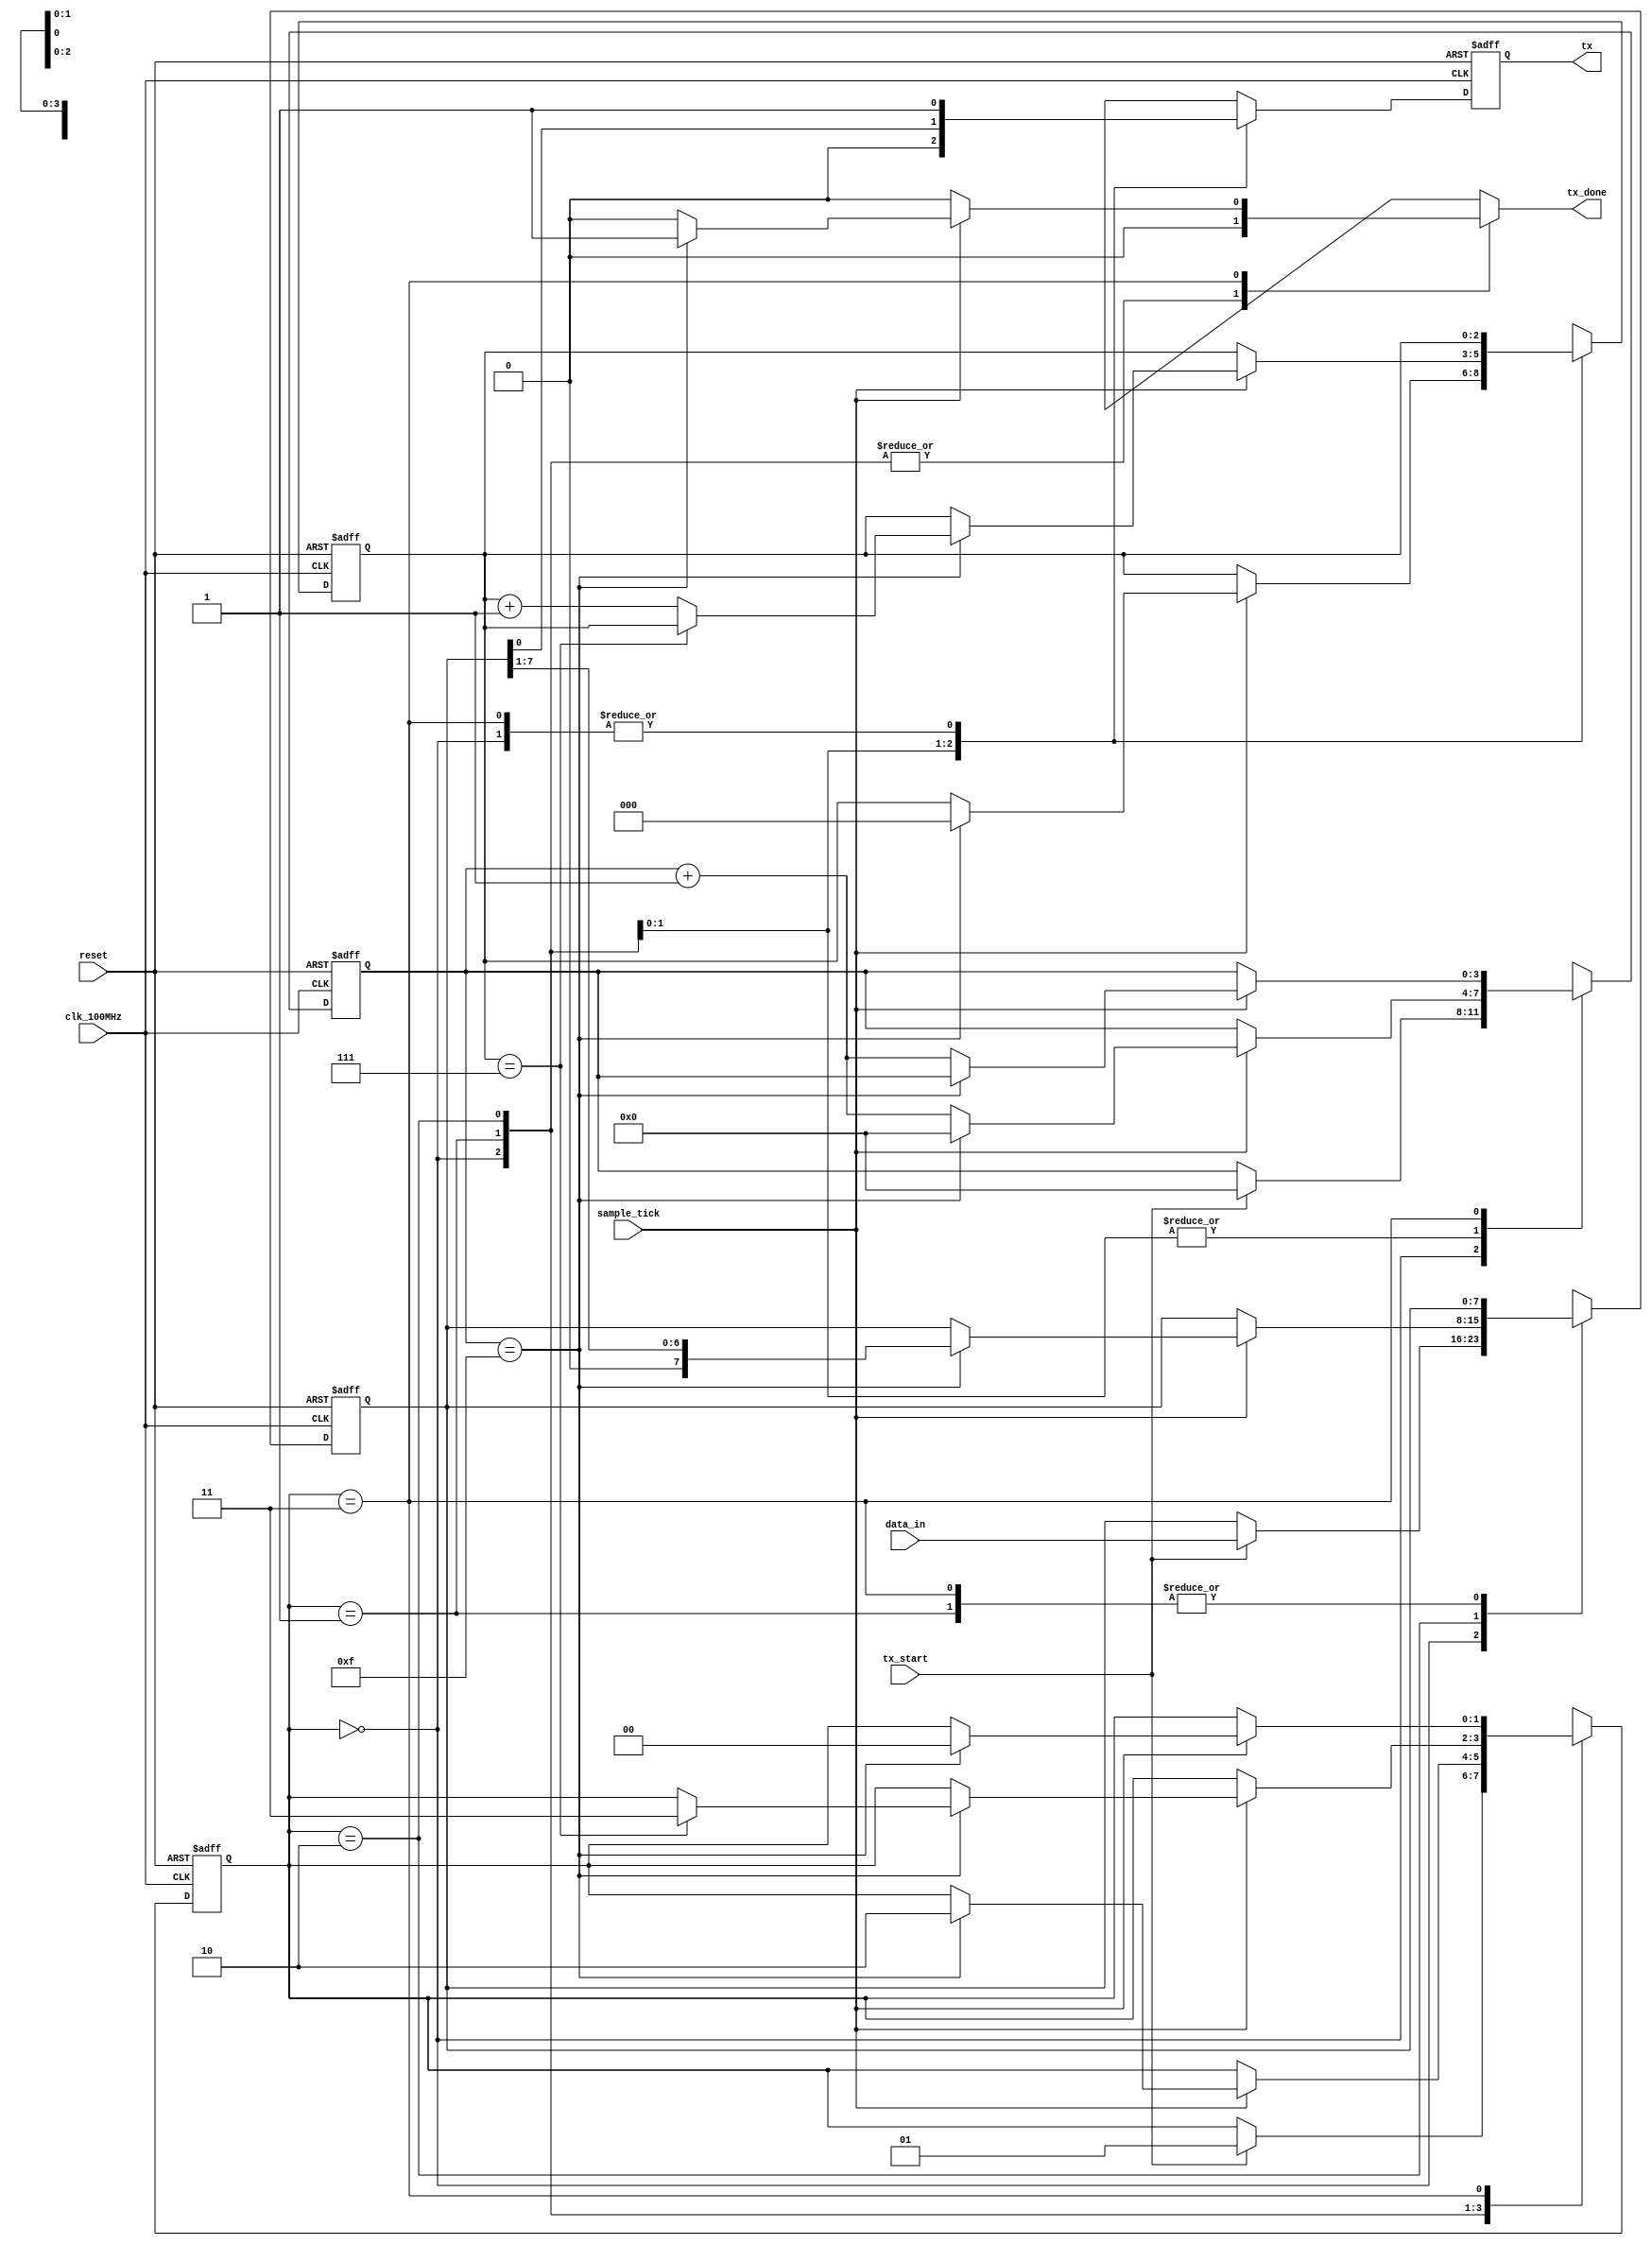
// This program was cloned from: https://github.com/FPGADude/Digital-Design
// License: GNU General Public License v3.0

`timescale 1ns / 1ps
//////////////////////////////////////////////////////////////////////////////////
// Reference Book: FPGA Prototyping By Verilog Examples Xilinx Spartan-3 Version
// Authored by: Dr. Pong P. Chu
// Published by: Wiley
//
// Adapted for the Basys 3 Artix-7 FPGA by David J. Marion
//
// UART Transmitter for the UART System
//
// Comments:
// - Many of the variable names have been changed for clarity
//////////////////////////////////////////////////////////////////////////////////

module uart_transmitter
    #(
        parameter   DBITS = 8,          // number of data bits
                    SB_TICK = 16        // number of stop bit / oversampling ticks (1 stop bit)
    )
    (
        input clk_100MHz,               // basys 3 FPGA
        input reset,                    // reset
        input tx_start,                 // begin data transmission (FIFO NOT empty)
        input sample_tick,              // from baud rate generator
        input [DBITS-1:0] data_in,      // data word from FIFO
        output reg tx_done,             // end of transmission
        output tx                       // transmitter data line
    );
    
    // State Machine States
    localparam [1:0]    idle  = 2'b00,
                        start = 2'b01,
                        data  = 2'b10,
                        stop  = 2'b11;
    
    // Registers                    
    reg [1:0] state, next_state;            // state registers
    reg [3:0] tick_reg, tick_next;          // number of ticks received from baud rate generator
    reg [2:0] nbits_reg, nbits_next;        // number of bits transmitted in data state
    reg [DBITS-1:0] data_reg, data_next;    // assembled data word to transmit serially
    reg tx_reg, tx_next;                    // data filter for potential glitches
    
    // Register Logic
    always @(posedge clk_100MHz, posedge reset)
        if(reset) begin
            state <= idle;
            tick_reg <= 0;
            nbits_reg <= 0;
            data_reg <= 0;
            tx_reg <= 1'b1;
        end
        else begin
            state <= next_state;
            tick_reg <= tick_next;
            nbits_reg <= nbits_next;
            data_reg <= data_next;
            tx_reg <= tx_next;
        end
    
    // State Machine Logic
    always @* begin
        next_state = state;
        tx_done = 1'b0;
        tick_next = tick_reg;
        nbits_next = nbits_reg;
        data_next = data_reg;
        tx_next = tx_reg;
        
        case(state)
            idle: begin                     // no data in FIFO
                tx_next = 1'b1;             // transmit idle
                if(tx_start) begin          // when FIFO is NOT empty
                    next_state = start;
                    tick_next = 0;
                    data_next = data_in;
                end
            end
            
            start: begin
                tx_next = 1'b0;             // start bit
                if(sample_tick)
                    if(tick_reg == 15) begin
                        next_state = data;
                        tick_next = 0;
                        nbits_next = 0;
                    end
                    else
                        tick_next = tick_reg + 1;
            end
            
            data: begin
                tx_next = data_reg[0];
                if(sample_tick)
                    if(tick_reg == 15) begin
                        tick_next = 0;
                        data_next = data_reg >> 1;
                        if(nbits_reg == (DBITS-1))
                            next_state = stop;
                        else
                            nbits_next = nbits_reg + 1;
                    end
                    else
                        tick_next = tick_reg + 1;
            end
            
            stop: begin
                tx_next = 1'b1;         // back to idle
                if(sample_tick)
                    if(tick_reg == (SB_TICK-1)) begin
                        next_state = idle;
                        tx_done = 1'b1;
                    end
                    else
                        tick_next = tick_reg + 1;
            end
        endcase    
    end
    
    // Output Logic
    assign tx = tx_reg;
 
endmodule